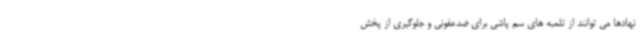
نهادها می توانند از تلمبه های سم پاشی برای ضدعفونی و جلوگیری از پخش